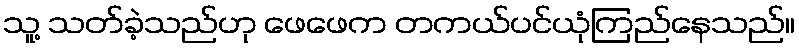
သူ့ သတ်ခဲ့သည်ဟု ဖေဖေက တကယ်ပင်ယုံကြည်နေသည်။